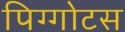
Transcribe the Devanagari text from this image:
पिग्गोटस